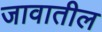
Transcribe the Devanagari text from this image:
जावातील